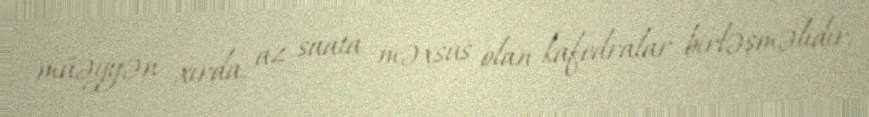
müəyyən xırda, az saata məxsus olan kafedralar birləşməlidir.